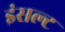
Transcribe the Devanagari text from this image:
इंसल्ट